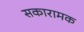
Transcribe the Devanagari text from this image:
सकारामक